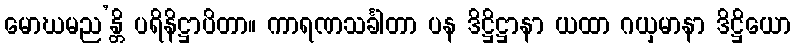
မောဃမည’န္တိ ပရိနိဋ္ဌာပိတာ။ ကာရဏသင်္ခါတာ ပန ဒိဋ္ဌိဋ္ဌာနာ ယထာ ဂယှမာနာ ဒိဋ္ဌိယော